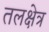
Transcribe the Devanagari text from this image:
तलक्षेत्र